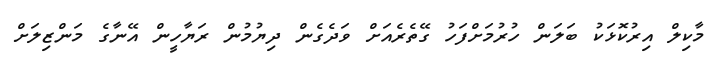
މާކިލް އިރުކޮޅަކު ބަލަން ހުރުމަށްފަހު ގޭތެރެއަށް ވަދެގެން ދިޔުމުން ރަޔާހީން އޭނާގެ މަންޒިލަށް